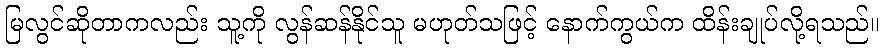
မြလွင်ဆိုတာကလည်း သူ့ကို လွန်ဆန်နိုင်သူ မဟုတ်သဖြင့် နောက်ကွယ်က ထိန်းချုပ်လို့ရသည်။